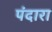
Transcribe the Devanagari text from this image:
पंदारा